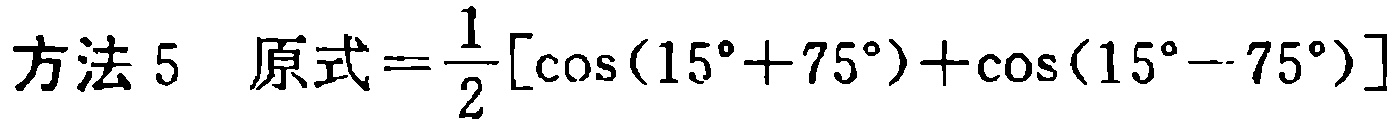
方法 5 原式$=\frac{1}{2}[\cos(15^{\circ}+75^{\circ})+\cos(15^{\circ}-75^{\circ})]$